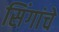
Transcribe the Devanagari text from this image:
सिंगांचे